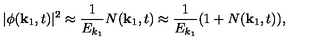
| \phi ( { \bf k } _ { 1 } , t ) | ^ { 2 } \approx \frac { 1 } { E _ { k _ { 1 } } } N ( { \bf k } _ { 1 } , t ) \approx \frac { 1 } { E _ { k _ { 1 } } } ( 1 + N ( { \bf k } _ { 1 } , t ) ) ,